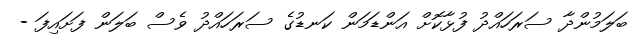
ބަލަމުންދާ ސަރަހައްދު ފުޅާކޮށް އަންޑަމަން ކަނޑުގެ ސަރަހައްދު ވެސް ބަލަން ފަށައިފަ -